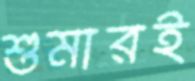
শুমারই